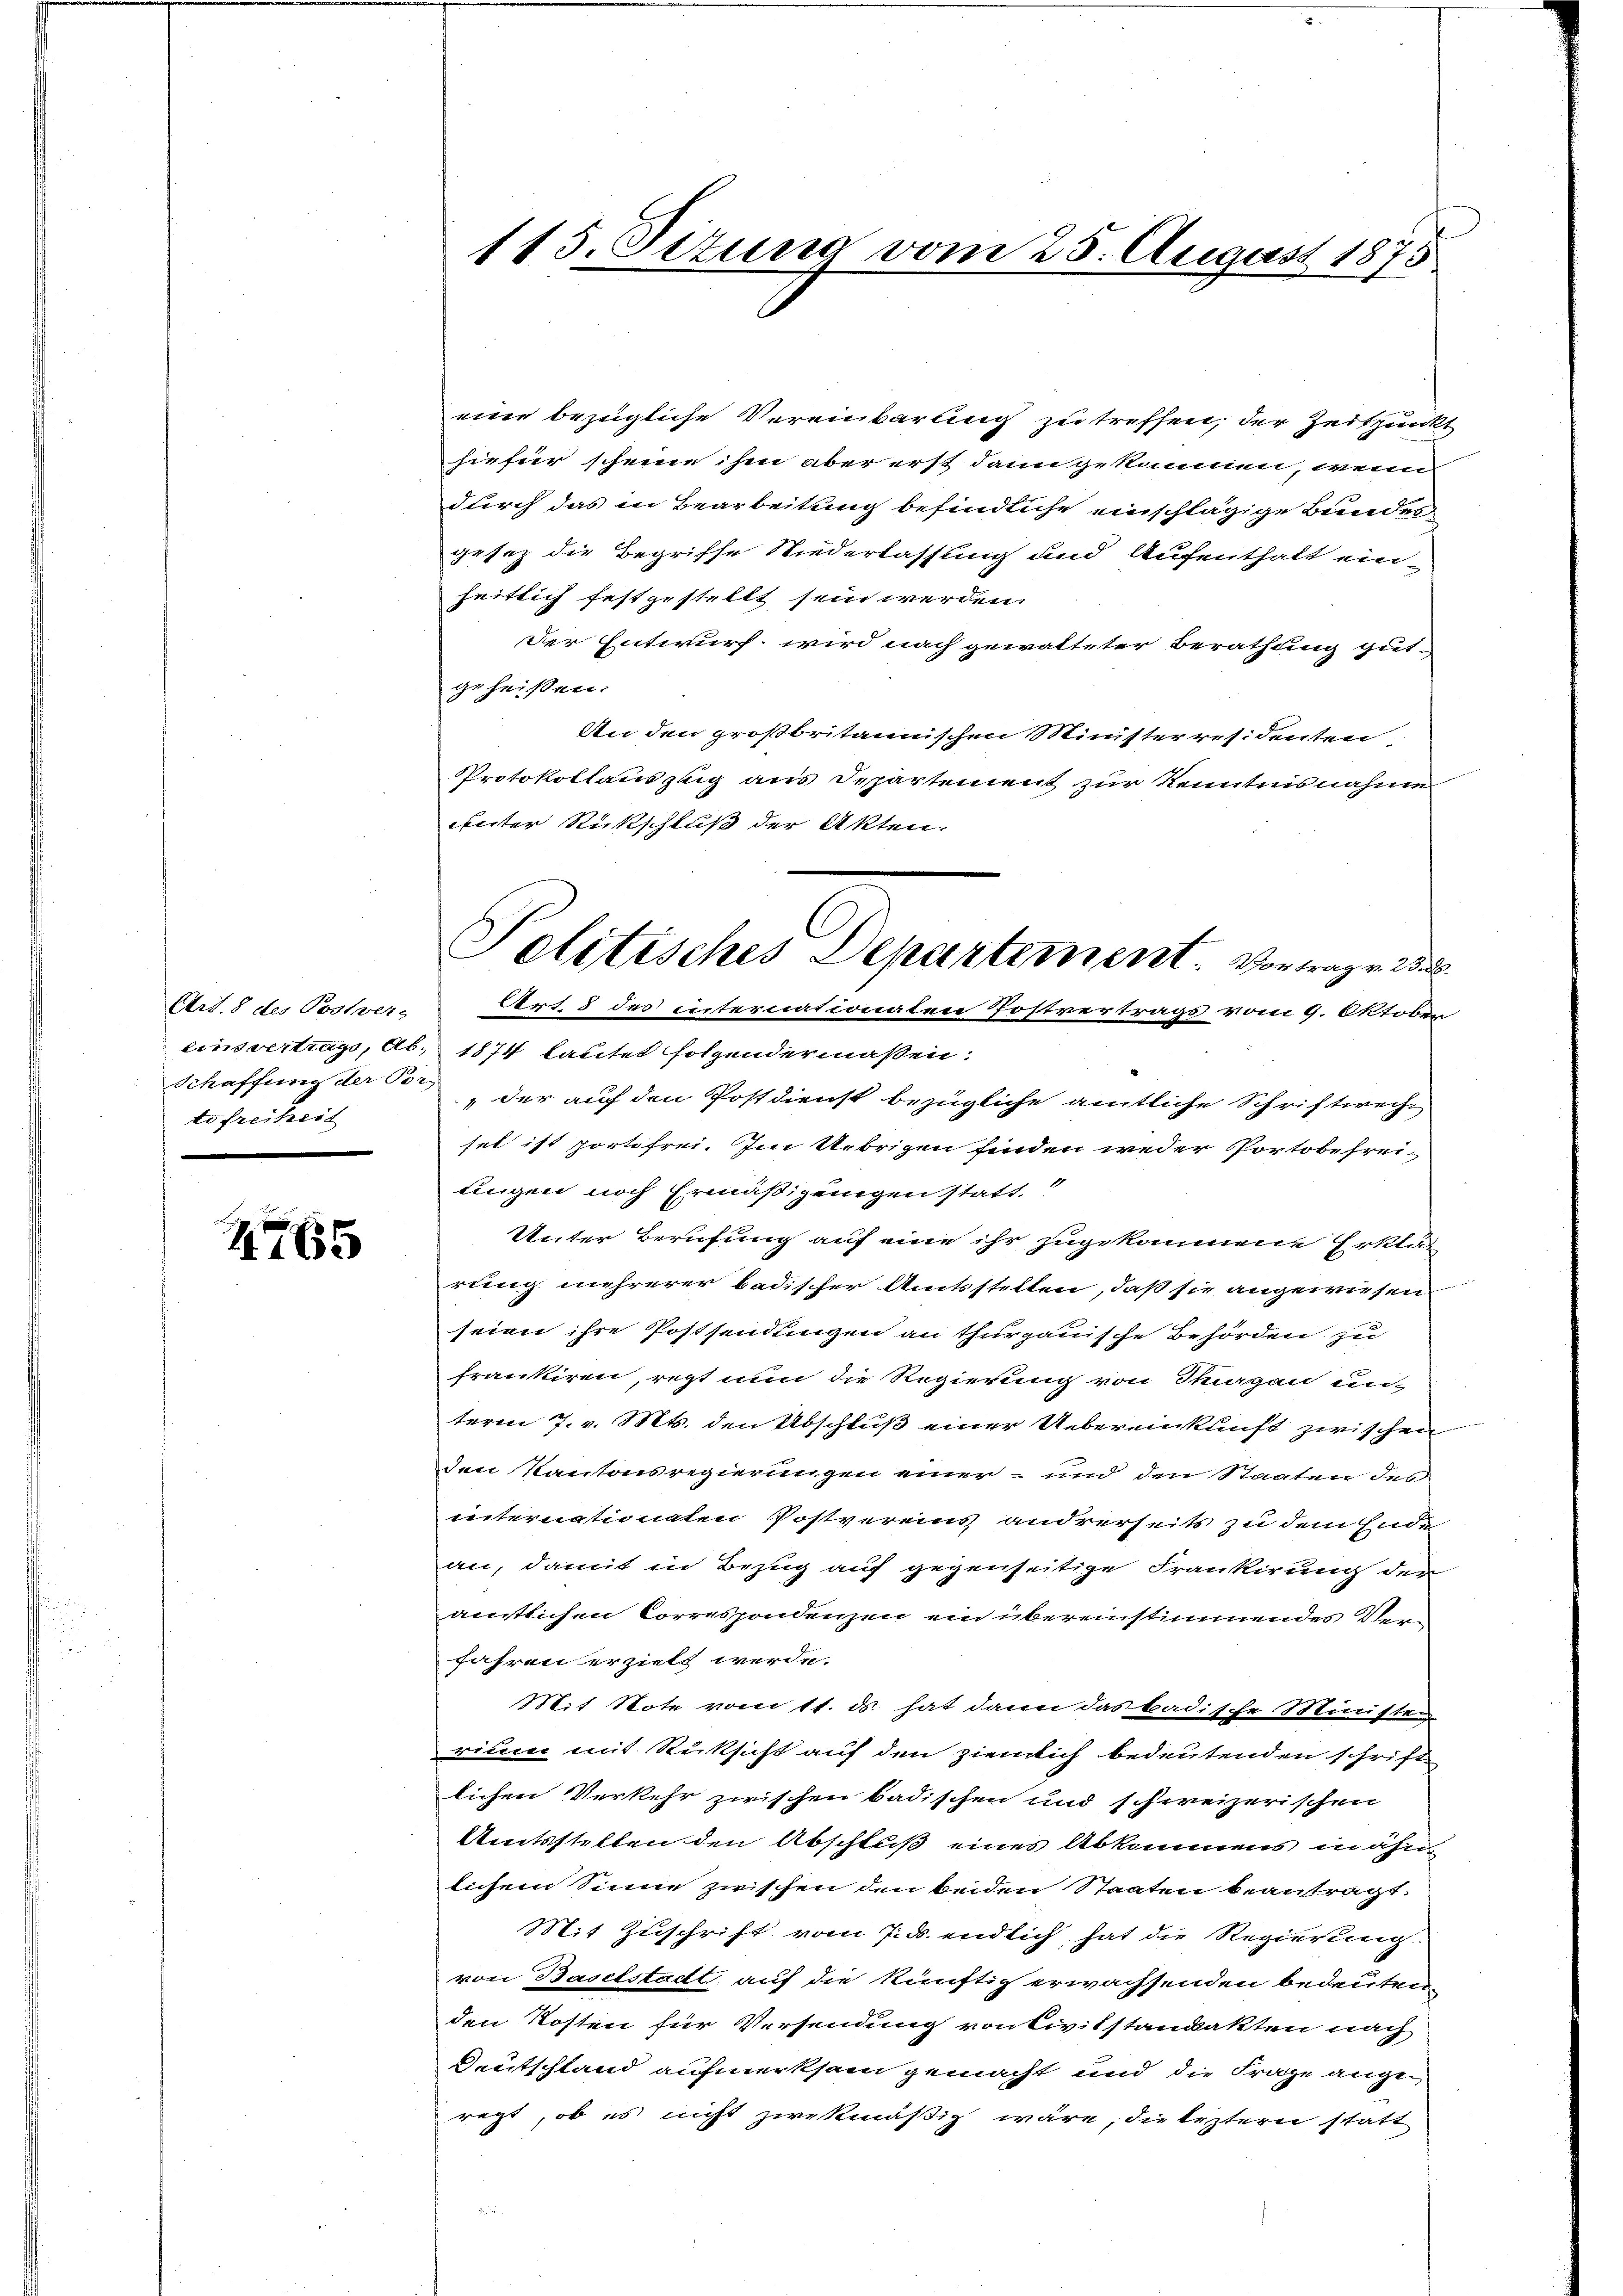
Art. 8 des Postverz
einsvertrage, Ab¬
Schaffung der Vor-
tefreiheit

765

115. Situng vom 25. August 1875

Politisches Departement Vortrag v. 2.

eine bezügliche Vereinbarung zu treffen, der Zeitzende
hiefier scheine ihm aber erst dann gekommen, wenn
durch das in Bearbeitung befindliche einschlägige Bundesgesez die Begriffe Niederlassung und Aufenthalt einheitlich festgestellt sein werden.
Der Entwurf, wird nach gewalteter Berathung gut-
geheissen.
An den großbritannischen Minister residenten,
Protokollauszug aus Departement zur Kenntnisnahme
Enter Rückschluß der Akten.
Art. 8 des internationaten Postvertrags vom 9. Oktobe
1874 lautet folgendermassen.
„der auf den Postdienst bezügliche amtliche Schriftwech
sel ist portefrei. Im Übrigen finden weder Portobefreiungen noch Ermäßigungen statt,
Unter Berufung auf eine ihr zugekommene Erklä-
rung mehrerer badischer Amtsstellen, daß sie angewiesen
seien ihre Postsendungen an thurgauische Behörden zu
frankiren, regt nun die Regierung von Stuagan un-
term 7. v. Mts. den Abschluß einer Uebereinkunft zwischen
den Kantonsregierungen einer- und den Staaten des
internationaten Postvereins andrerseits zu dem Ende
an, damit in Bezug auf gegenseitige Frankirung der
antlichen Correspondenzen ein übereinstimendes Sem
fahren erzielt werde.
Mit Note vom 11. ds. hat dann das badische Münste
rium mit Rücksicht auf den ziemlich bedeutenden schrift
lichen Verkehr zwischen badischen und schweizerischen
Amtsstellen den Abschluß eines Abkommens in ähn
lichem Sinne zwischen den beiden Staaten beantragt.
Mit Zuschrift vom 7. ds. endlich, hat die Regierung
von Baselstadt auf die künftig erwachsenden bedeuten
den Kosten für Versendung von Civilstandakten nach
Deutschland aufmerksam gemacht und die Frage angeregt, ob es nicht zwekmäßig wäre, die leztern statt
i